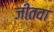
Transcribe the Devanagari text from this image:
जीतवा